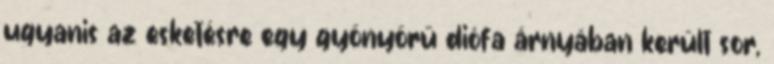
ugyanis az esketésre egy gyönyörű diófa árnyában került sor,